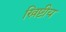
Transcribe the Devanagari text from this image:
ख्रिष्टीय